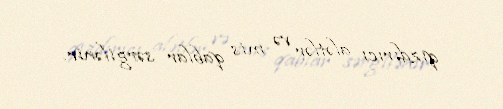
qızdırıcı alətlər və mis qablar sərgilənir.